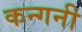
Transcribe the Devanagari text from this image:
कन्गनी